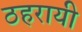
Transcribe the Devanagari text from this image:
ठहरायी